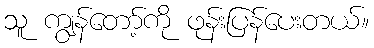
သူ ကျွန်တော့်ကို ဖုန်းပြန်ပေးတယ်။